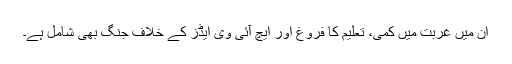
ان میں غربت میں کمی، تعلیم کا فروغ اور ایچ آئی وی ایڈز کے خلاف جنگ بھی شامل ہے۔